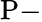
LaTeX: \mathrm{P}-